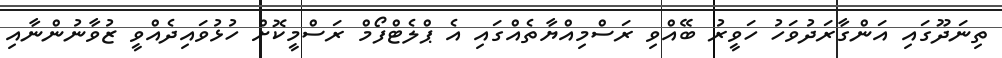
ތިނަދޫގައި އަންގާރަދުވަހު ހަވީރު ބޭއްވި ރަސްމިއްޔާތެއްގައި އެ ޕްލެޓްފޯމް ރަސްމީކޮށް ހުޅުވައިދެއްވީ ޒުވާނުންނާއި